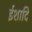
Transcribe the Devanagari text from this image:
ईशादि